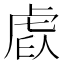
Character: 𧆩